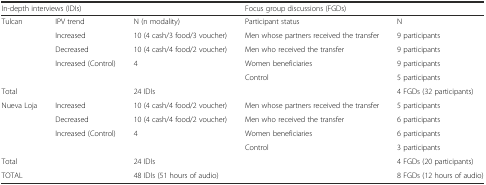
<table><thead><tr><td colspan="3"><b>In-depth interviews (IDIs)</b></td><td colspan="2"><b>Focus group discussions (FGDs)</b></td></tr></thead><tbody><tr><td rowspan="5">Tulcan</td><td>IPV trend</td><td>N (n modality)</td><td>Participant status</td><td>N</td></tr><tr><td>Increased</td><td>10 (4 cash/3 food/3 voucher)</td><td>Men whose partners received the transfer</td><td>9 participants</td></tr><tr><td>Decreased</td><td>10 (4 cash/4 food/2 voucher)</td><td>Men who received the transfer</td><td>9 participants</td></tr><tr><td rowspan="2">Increased (Control)</td><td rowspan="2">4</td><td>Women beneficiaries</td><td>9 participants</td></tr><tr><td>Control</td><td>5 participants</td></tr><tr><td>Total</td><td></td><td>24 IDIs</td><td></td><td>4 FGDs (32 participants)</td></tr><tr><td>Nueva Loja</td><td>Increased</td><td>10 (4 cash/4 food/2 voucher)</td><td>Men whose partners received the transfer</td><td>5 participants</td></tr><tr><td></td><td>Decreased</td><td>10 (4 cash/4 food/2 voucher)</td><td>Men who received the transfer</td><td>6 participants</td></tr><tr><td rowspan="2"></td><td rowspan="2">Increased (Control)</td><td rowspan="2">4</td><td>Women beneficiaries</td><td>6 participants</td></tr><tr><td>Control</td><td>3 participants</td></tr><tr><td>Total</td><td></td><td>24 IDIs</td><td></td><td>4 FGDs (20 participants)</td></tr><tr><td>TOTAL</td><td></td><td>48 IDIs (51 hours of audio)</td><td></td><td>8 FGDs (12 hours of audio)</td></tr></tbody></table>